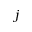
j